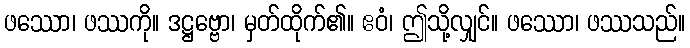
ဖဿော၊ ဖဿကို။ ဒဋ္ဌဗ္ဗော၊ မှတ်ထိုက်၏။ ဧဝံ၊ ဤသို့လျှင်။ ဖဿော၊ ဖဿသည်။